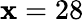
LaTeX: \mathbf{x}=28